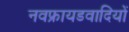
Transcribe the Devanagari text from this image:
नवफ्रायडवादियों